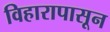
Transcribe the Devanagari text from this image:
विहारापासून